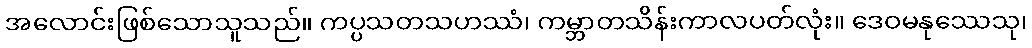
အလောင်းဖြစ်သောသူသည်။ ကပ္ပသတသဟဿံ၊ ကမ္ဘာတသိန်းကာလပတ်လုံး။ ဒေဝမနုဿေသု၊